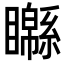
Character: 𥌣